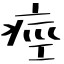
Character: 痙